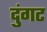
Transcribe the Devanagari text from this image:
दुंगट